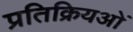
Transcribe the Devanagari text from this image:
प्रतिक्रियओं